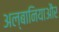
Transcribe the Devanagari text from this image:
अल्बानियाऔर